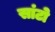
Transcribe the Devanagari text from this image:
सांटो